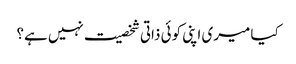
کیا میری اپنی کوئی ذاتی شخصیت نہیں ہے؟